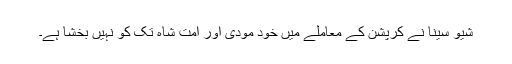
شیو سینا نے کرپشن کے معاملے میں خود مودی اور امت شاہ تک کو نہیں بخشا ہے۔